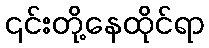
၎င်းတို့နေထိုင်ရာ